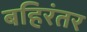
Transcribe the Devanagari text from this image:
बहिरंतर